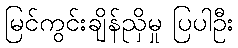
မြင်ကွင်းချိန်ညှိမှု ပြပါဦး